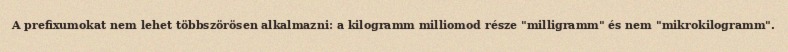
A prefixumokat nem lehet többszörösen alkalmazni: a kilogramm milliomod része "milligramm" és nem "mikrokilogramm".